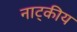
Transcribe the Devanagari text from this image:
नाट्कीय